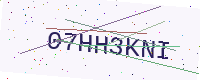
Text: 07HH3KNI